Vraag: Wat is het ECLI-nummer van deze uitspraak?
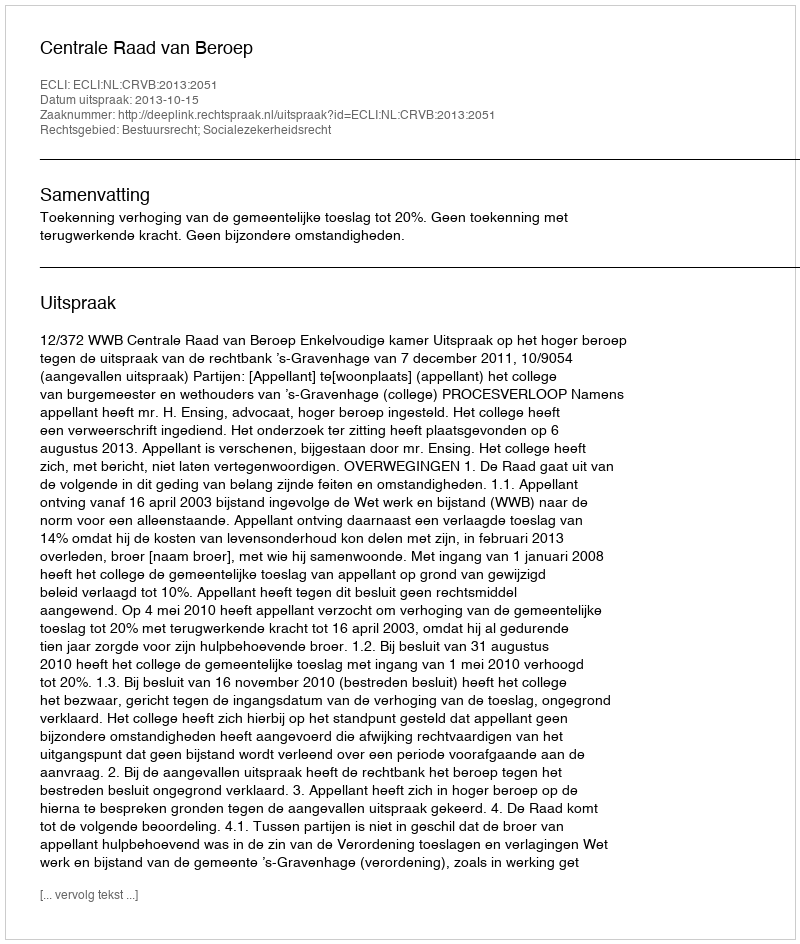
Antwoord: ECLI:NL:CRVB:2013:2051